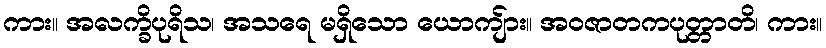
ကား။ အလက္ခိပုရိသ၊ အသရေ မရှိသော ယောကျ်ား။ အဝဇာတကပုတ္တာတိ၊ ကား။